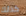
كذلك